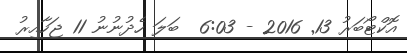
އޮކްޓޯބަރު 13